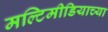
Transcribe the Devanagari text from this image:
मल्टिमीडियाच्या